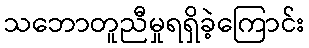
သဘောတူညီမှုရရှိခဲ့ကြောင်း